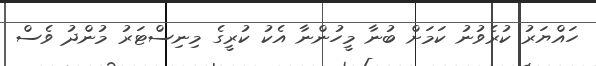
ހައްޔަރު ކުރެވުނު ކަމަށް ބުނާ މީހުންނާ އެކު ކުރީގެ މިނިސްޓަރު މުންދު ވެސް